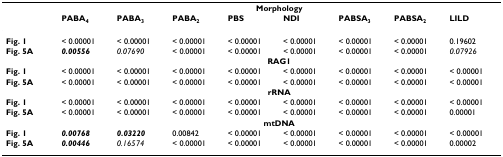
<table><thead><tr><td></td><td colspan="8"><b>Morphology</b></td></tr><tr><td></td><td><b>PABA<sub>4</sub></b></td><td><b>PABA<sub>3</sub></b></td><td><b>PABA<sub>2</sub></b></td><td><b>PBS</b></td><td><b>NDI</b></td><td><b>PABSA<sub>3</sub></b></td><td><b>PABSA<sub>2</sub></b></td><td><b>LILD</b></td></tr></thead><tbody><tr><td><b>Fig. 1</b></td><td>&lt; 0.00001</td><td>&lt; 0.00001</td><td>&lt; 0.00001</td><td>&lt; 0.00001</td><td>&lt; 0.00001</td><td>&lt; 0.00001</td><td>&lt; 0.00001</td><td>0.19602</td></tr><tr><td><b>Fig. 5A</b></td><td><b><i>0.00556</i></b></td><td><i>0.07690</i></td><td>&lt; 0.00001</td><td>&lt; 0.00001</td><td>&lt; 0.00001</td><td>&lt; 0.00001</td><td>&lt; 0.00001</td><td><i>0.07926</i></td></tr><tr><td></td><td colspan="8"><b>RAG1</b></td></tr><tr><td><b>Fig. 1</b></td><td>&lt; 0.00001</td><td>&lt; 0.00001</td><td>&lt; 0.00001</td><td>&lt; 0.00001</td><td>&lt; 0.00001</td><td>&lt; 0.00001</td><td>&lt; 0.00001</td><td>&lt; 0.00001</td></tr><tr><td><b>Fig. 5A</b></td><td>&lt; 0.00001</td><td>&lt; 0.00001</td><td>&lt; 0.00001</td><td>&lt; 0.00001</td><td>&lt; 0.00001</td><td>&lt; 0.00001</td><td>&lt; 0.00001</td><td>&lt; 0.00001</td></tr><tr><td></td><td colspan="8"><b>rRNA</b></td></tr><tr><td><b>Fig. 1</b></td><td>&lt; 0.00001</td><td>&lt; 0.00001</td><td>&lt; 0.00001</td><td>&lt; 0.00001</td><td>&lt; 0.00001</td><td>&lt; 0.00001</td><td>&lt; 0.00001</td><td>&lt; 0.00001</td></tr><tr><td><b>Fig. 5A</b></td><td>&lt; 0.00001</td><td>&lt; 0.00001</td><td>&lt; 0.00001</td><td>&lt; 0.00001</td><td>&lt; 0.00001</td><td>&lt; 0.00001</td><td>&lt; 0.00001</td><td>0.00001</td></tr><tr><td></td><td colspan="8"><b>mtDNA</b></td></tr><tr><td><b>Fig. 1</b></td><td><b><i>0.00768</i></b></td><td><b><i>0.03220</i></b></td><td>0.00842</td><td>&lt; 0.00001</td><td>&lt; 0.00001</td><td>&lt; 0.00001</td><td>&lt; 0.00001</td><td>&lt; 0.00001</td></tr><tr><td><b>Fig. 5A</b></td><td><b><i>0.00446</i></b></td><td><i>0.16574</i></td><td>&lt; 0.00001</td><td>&lt; 0.00001</td><td>&lt; 0.00001</td><td>&lt; 0.00001</td><td>&lt; 0.00001</td><td>0.00002</td></tr></tbody></table>